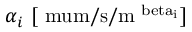
\alpha _ { i } \ \mathrm { [ \ m u m / s / m ^ { \ b e t a _ { i } } ] }